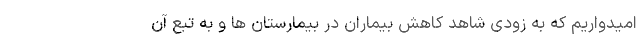
امیدواریم که به زودی شاهد کاهش بیماران در بیمارستان ها و به تبع آن